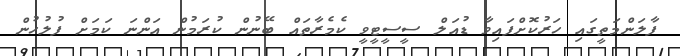
ފާލަންމަތީގައި ހަރުކޮށްފައިވާ ޑުއަލް ސީސީޓީވީ ކެމެރާތައް ބޭނުން ކުރަމުން އަންނަ ކަމަށް ފުލުހުން